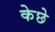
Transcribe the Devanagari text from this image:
केछे